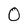
Character: 0